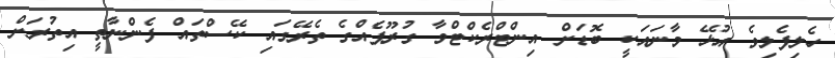
ހެލިފެލިވެ އުޅޭ މާނައަކީ ބޮޑަށް އިންޓްރެކްޓްވާ ގުރޫޕެއްގެ ތެރޭގައި ކޭސްތައް ފެންނާތީ އިތުރަށް